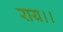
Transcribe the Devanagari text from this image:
राय।।